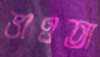
ভাওতা